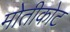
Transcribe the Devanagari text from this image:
मोतीकोट